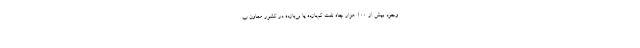
وجود بیش از ۱۰۰ هزار چاه نفت کم‌بازده یا بی‌بازده در کشور معاون ب